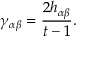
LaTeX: \gamma _ { \alpha \beta } = \frac { 2 h _ { \alpha \beta } } { t - 1 } .